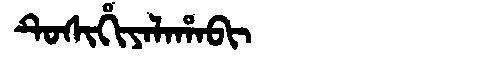
Manchu: ᡨᡠᠰᡳᡥᡳᠶᠠᠯᠠᡥᠠᠪᡳ
Romanization: TUSIHIYALAHABI